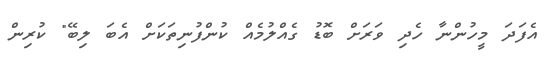
އެފަދަ މީހުންނާ ހެދި ވަރަށް ބޮޑު ގެއްލުމެއް ކުންފުނިތަކަށް އެބަ ލިބޭ" ކުރިން